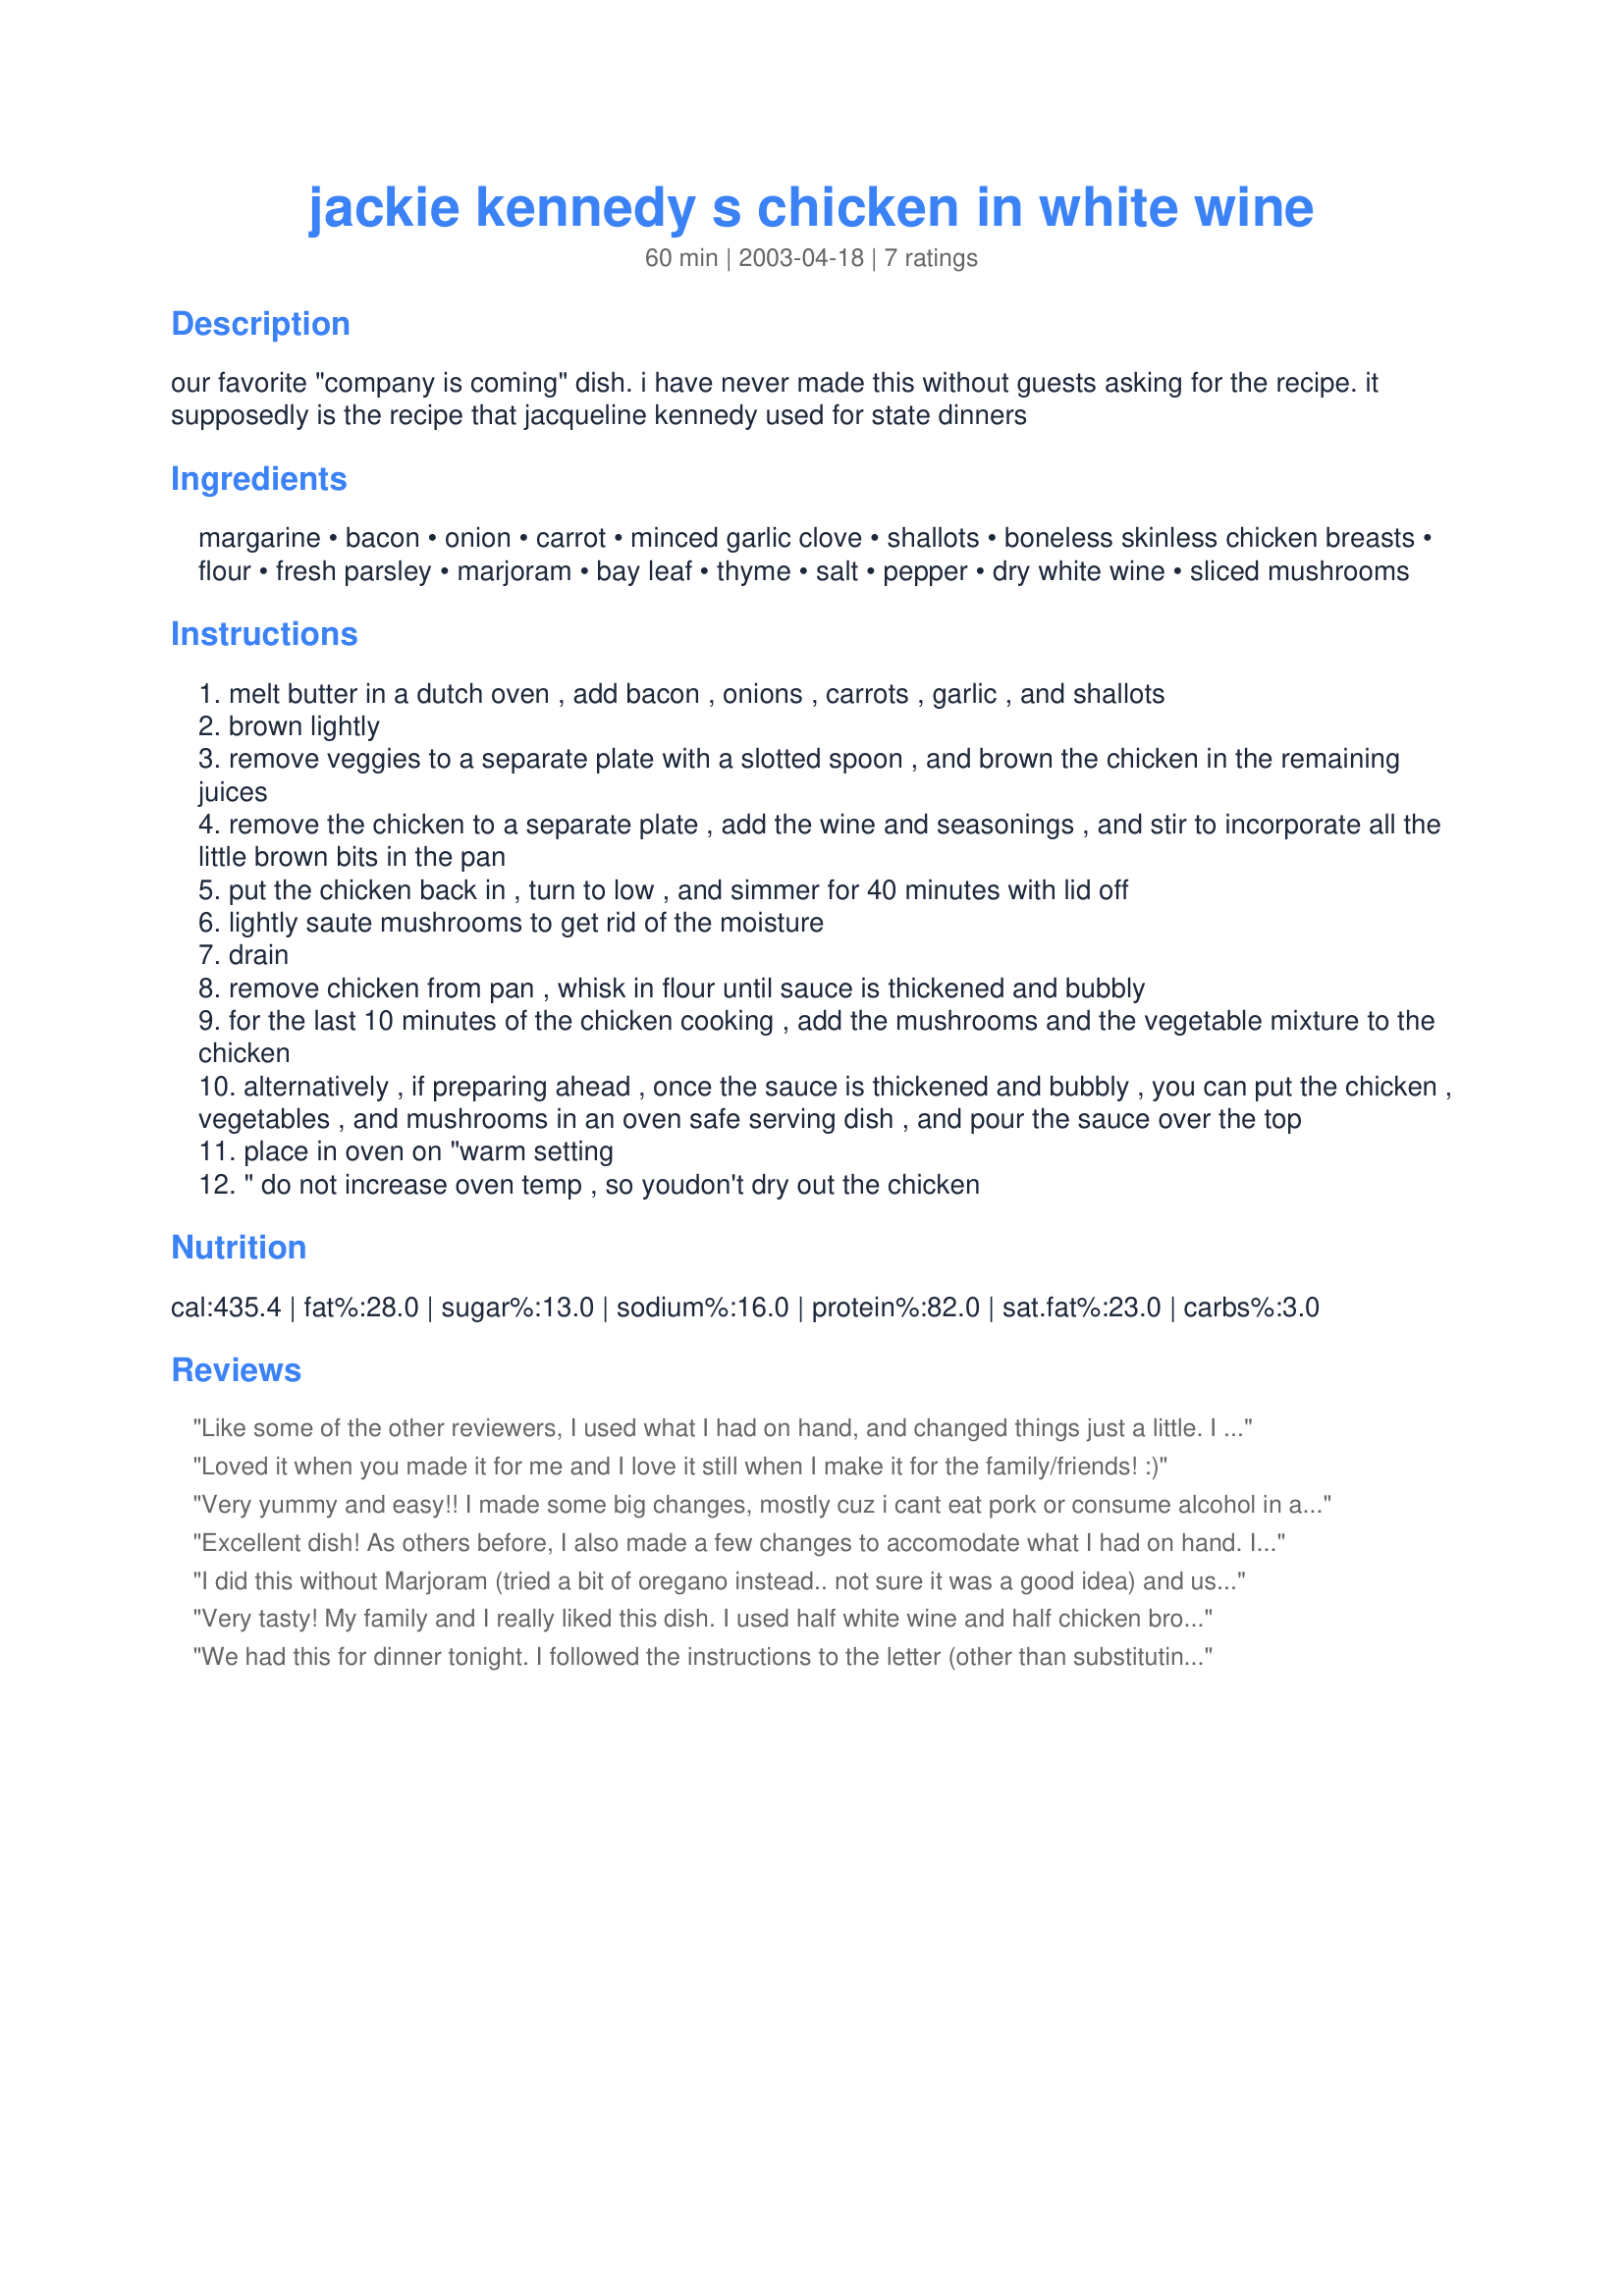
jackie kennedy s chicken in white wine
Preparation time: 60 minutes

our favorite "company is coming" dish. i have never made this without guests asking for the recipe. it supposedly is the recipe that jacqueline kennedy used for state dinners

Ingredients:
margarine, bacon, onion, carrot, minced garlic clove, shallots, boneless skinless chicken breasts, flour, fresh parsley, marjoram, bay leaf, thyme, salt, pepper, dry white wine, sliced mushrooms

Steps:
melt butter in a dutch oven , add bacon , onions , carrots , garlic , and shallots
brown lightly
remove veggies to a separate plate with a slotted spoon , and brown the chicken in the remaining juices
remove the chicken to a separate plate , add the wine and seasonings , and stir to incorporate all the little brown bits in the pan
put the chicken back in , turn to low , and simmer for 40 minutes with lid off
lightly saute mushrooms to get rid of the moisture
drain
remove chicken from pan , whisk in flour until sauce is thickened and bubbly
for the last 10 minutes of the chicken cooking , add the mushrooms and the vegetable mixture to the chicken
alternatively , if preparing ahead , once the sauce is thickened and bubbly , you can put the chicken , vegetables , and mushrooms in an oven safe serving dish , and pour the sauce over the top
place in oven on "warm setting
" do not increase oven temp , so youdon't dry out the chicken

Reviews:
Like some of the other reviewers, I used what I had on hand, and changed things just a little. I used 2 tablespoons of butter instead of 4 of margarine. I had no fresh parsley, but we had chervil in the garden, so used that; we grow shallots, again, that was easy; also grow bay laurel and thyme; there was a half bottle of Pinot Grigio in the refrigerator, so used that. We didn't have any fresh mushrooms, but I had some dried morels. I used the whole package, .35oz, soaked them in warm water for about 45 minutes, then strained with a coffee filter, and used the liquid in the sauce. I did not have any marjoram, but decided not to substitute with oregano. I did use salt pork, since we had no bacon. Wow... it was excellent. I thought it was easy to make, even though it took me longer than the 1 hour. I served it with spinach from our garden, and small potatoes from our local farmers' market. After a night of a grumbly stomach, I realize there is way too much fat in this for me. Next time, I will use no butter or margarine, and drain as much of the grease from the bacon or salt pork as I possibly can. I will probably use les of that also. However, it is still a 5* in my book, I just need personal adjustments. Thank you so much for this recipe. Certainly fit for kings and presidents!
Loved it when you made it for me and I love it still when I make it for the family/friends! :)
Very yummy and easy!! I made some big changes, mostly cuz i cant eat pork or consume alcohol in any form. I used beef bacon and non-alcoholic beer, and i added a can of chicken broth, too...which i decided was too much cuz it overpowered the beer, so i added another cup of beer. And i just cooked it all down until there wasn't much sauce...i coated the chicken with the flour so i didnt have to add it in the end, the sauce just thickened on its own...and i used less fat cuz the bacon provides enough grease! I left out the shallots, too....Basically, this is a delicious, simple meal...and it tasted very yummy with some german potato salad =D
Excellent dish! As others before, I also made a few changes to accomodate what I had on hand. I left out the shallots and used dried parsley and it tasted great. Just realize that all ingredients are not listed in order. Although the flour is listed before the seasonings, it doesn't go in until after the seasonings have cooked awhile. We loved this recipe! Oh, I also added a little bit of chicken broth at the end to make a little more sauce and it was a good addition.
I did this without Marjoram (tried a bit of oregano instead.. not sure it was a good idea) and used a Riesling wine (it was what I had open). We loved it. Highly recommended. I cut it down to 4 small boneless breasts (less than a pound total) and it was rich enough to satisfy without any other dishes (for a couple) with leftovers for me at work! I'll be doing this again.. but perhaps with another wine.
Very tasty! My family and I really liked this dish. I used half white wine and half chicken broth since I didn't have two cups of wine. I substituted zucchini for the mushrooms (that's what I had on hand). I also omitted the bay leaf (personal taste).
We had this for dinner tonight. I followed the instructions to the letter (other than substituting olive oil for margarine) and, I have to say, the flavor was wonderful. I particularly liked the slight crunch which remained in the carrots, and the mushrooms retained their flavor too....great idea to add the pre-browned vegetables during the last 10 minutes of cooking. It's probably just me, but I can't seem to cook chicken breast without it becoming a little dry......next time I think I will substitute un-boned chicken thighs, and maybe cook it in a moderate oven. Thanks for sharing Elissa.
